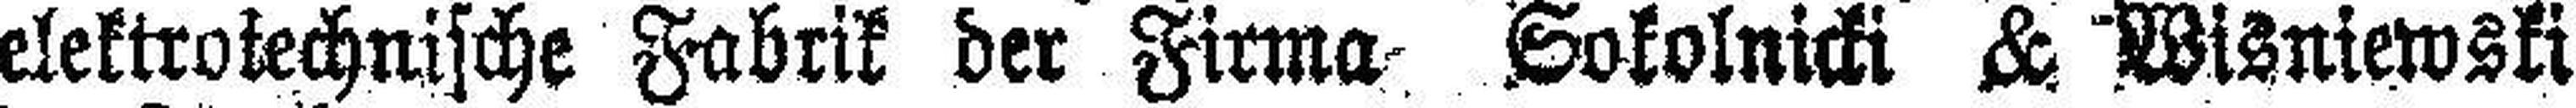
elektrotechnische Fabrik der Firma Sokolnicki & Wisniewski